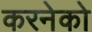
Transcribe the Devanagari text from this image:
करनेको